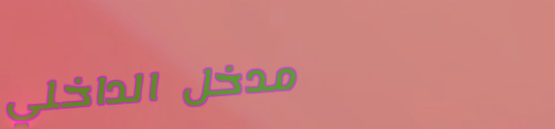
مدخل الداخلي